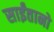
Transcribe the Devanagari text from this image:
साईंतानो